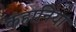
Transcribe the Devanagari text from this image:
कहानियां